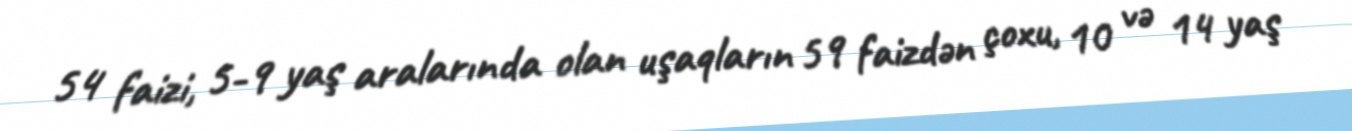
54 faizi, 5-9 yaş aralarında olan uşaqların 59 faizdən çoxu, 10 və 14 yaş